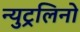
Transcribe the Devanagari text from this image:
न्युट्रलिनो